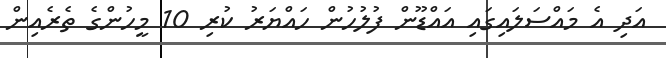
އަދި އެ މައްސަލައިގައި އައްޑޫން ފުލުހުން ހައްޔަރު ކުރި 10 މީހުންގެ ތެރެއިން